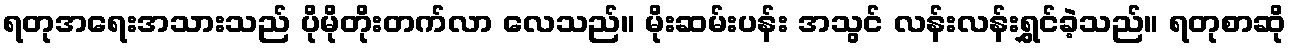
ရတုအရေးအသားသည် ပိုမိုတိုးတက်လာ လေသည်။ မိုးဆမ်းပန်း အသွင် လန်းလန်းရွှင်ခဲ့သည်။ ရတုစာဆို